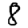
Digit: 8